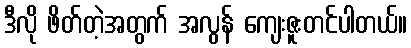
ဒီလို ဖိတ်တဲ့အတွက် အလွန် ကျေးဇူးတင်ပါတယ်။